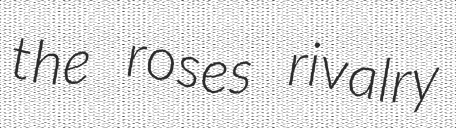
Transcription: the roses rivalry